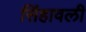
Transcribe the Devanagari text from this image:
सिंहावली